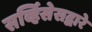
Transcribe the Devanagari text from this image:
सर्व्हिसेसद्वारे